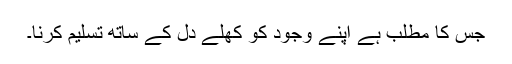
جس کا مطلب ہے اپنے وجود کو کھلے دل کے ساتھ تسلیم کرنا۔